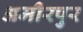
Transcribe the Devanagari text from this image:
अमीरपुर